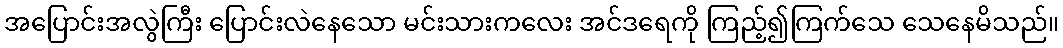
အပြောင်းအလွဲကြီး ပြောင်းလဲနေသော မင်းသားကလေး အင်ဒရေကို ကြည့်၍ကြက်သေ သေနေမိသည်။